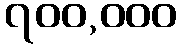
၇၀၀,၀၀၀